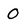
Character: 0